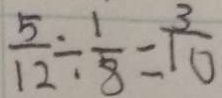
\frac { 5 } { 1 2 } \div \frac { 1 } { 8 } = \frac { 3 } { 1 0 }